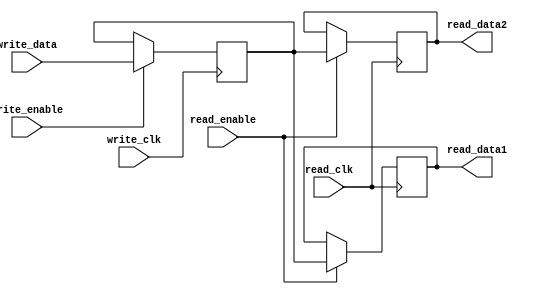
module dual_port_register (
    input wire write_clk,
    input wire read_clk,
    input wire [7:0] write_data,
    output reg [7:0] read_data1,
    output reg [7:0] read_data2,
    input wire write_enable,
    input wire read_enable
);

reg [7:0] reg_data;

always @ (posedge write_clk) begin
    if (write_enable) begin
        reg_data <= write_data;
    end
end

always @ (posedge read_clk) begin
    if (read_enable) begin
        read_data1 <= reg_data;
        read_data2 <= reg_data;
    end
end

endmodule